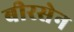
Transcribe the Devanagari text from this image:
बीरसेन